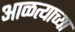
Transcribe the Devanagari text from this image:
आळत्याच्या